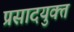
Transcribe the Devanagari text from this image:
प्रसादयुक्त